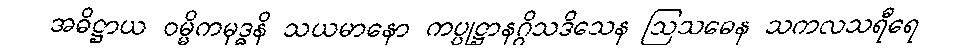
အဓိဋ္ဌာယ ဝမ္မိကမုဒ္ဓနိ သယမာနော ကပ္ပုဋ္ဌာနဂ္ဂိသဒိသေန ဩသဓေန သကလသရီရေ